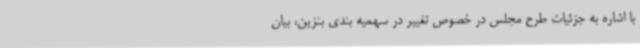
با اشاره به جزئیات طرح مجلس در خصوص تغییر در سهمیه بندی بنزین، بیان